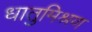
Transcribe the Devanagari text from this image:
धातुमिश्रण